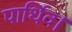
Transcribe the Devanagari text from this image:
पार्थिव।